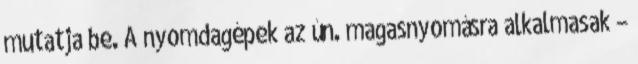
mutatja be. A nyomdagépek az ún. magasnyomásra alkalmasak –